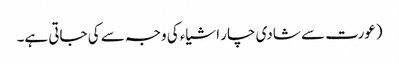
(عورت سے شادی چار اشیاء کی وجہ سے کی جاتی ہے۔